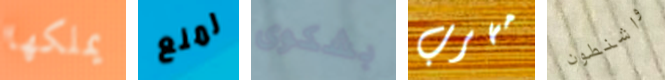
يملكها لمنع بشكوى مهرب واشنطون